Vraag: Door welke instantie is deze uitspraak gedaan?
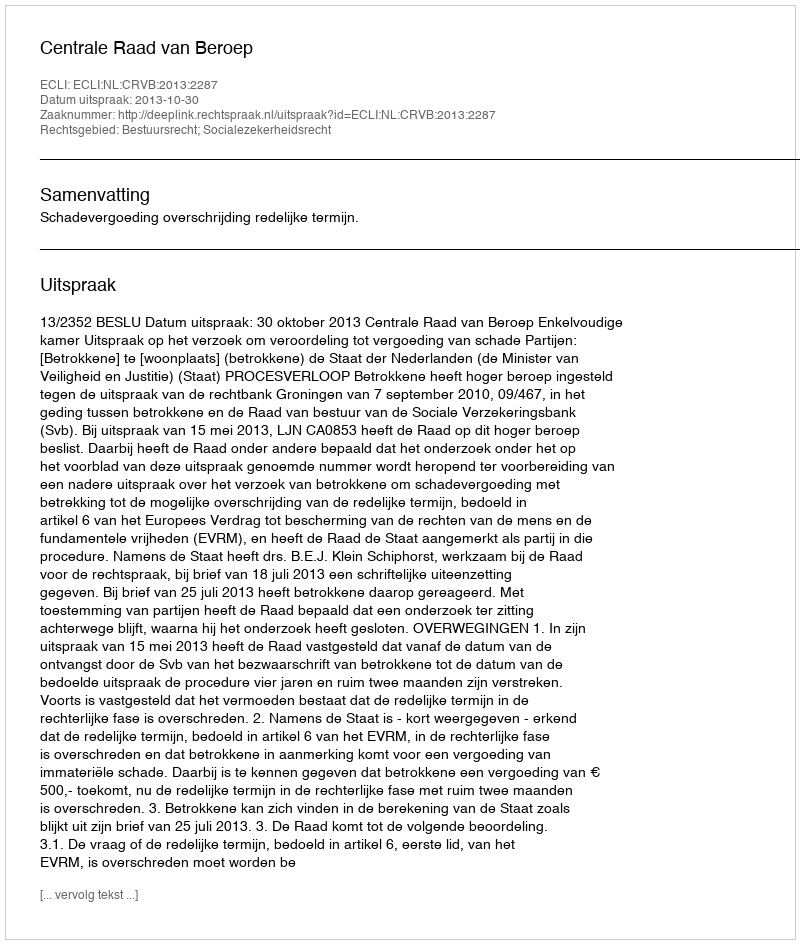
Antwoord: Centrale Raad van Beroep